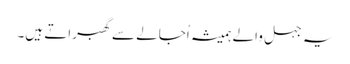
یہ جہل والے ہمیشہ اُجالے سے گھبراتے ہیں۔